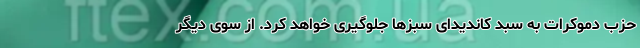
حزب دموکرات به سبد کاندیدای سبزها جلوگیری خواهد کرد. از سوی دیگر